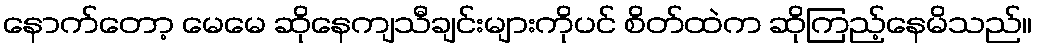
နောက်တော့ မေမေ ဆိုနေကျသီချင်းများကိုပင် စိတ်ထဲက ဆိုကြည့်နေမိသည်။